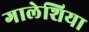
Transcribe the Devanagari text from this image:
गालेशिया